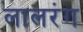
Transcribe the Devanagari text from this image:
लालरंग